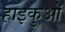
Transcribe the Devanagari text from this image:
हाइकुओं